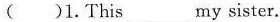
( )1.This ___ my sister.